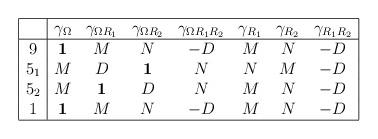
LaTeX: \begin{align*}\begin{array}{| c | c c c c c c c |}\hline{}&\gamma_{\Omega}&\gamma_{\Omega R_1}& \gamma_{\Omega R_2}&\gamma_{\Omega R_1R_2}&\gamma_{R_1}&\gamma_{R_2}&\gamma_{R_1R_2}\\\hline9&\mbox{\bf 1}&M&N&-D&M&N&-D\\5_1&M&D&\mbox{\bf 1}&N&N&M&-D\\5_2&M&\mbox{\bf 1}&D&N&M&N&-D\\1&\mbox{\bf 1}&M&N&-D&M&N&-D\\\hline\end{array}\end{align*}